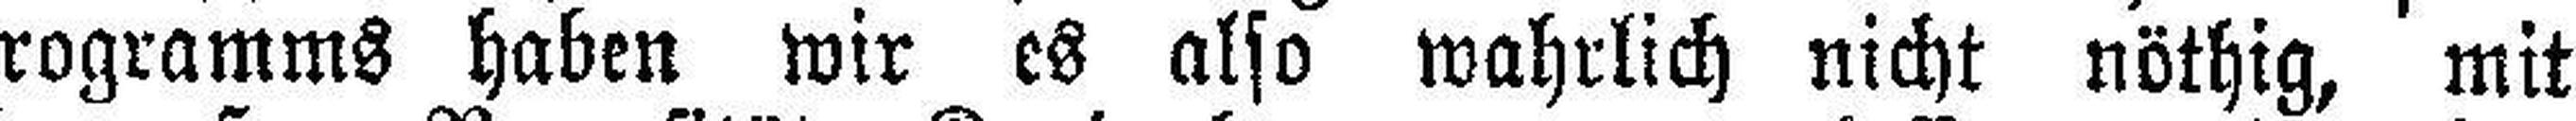
Programms haben wir es also wahrlich nicht nöthig, mit